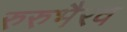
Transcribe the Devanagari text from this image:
रुरुभैरव